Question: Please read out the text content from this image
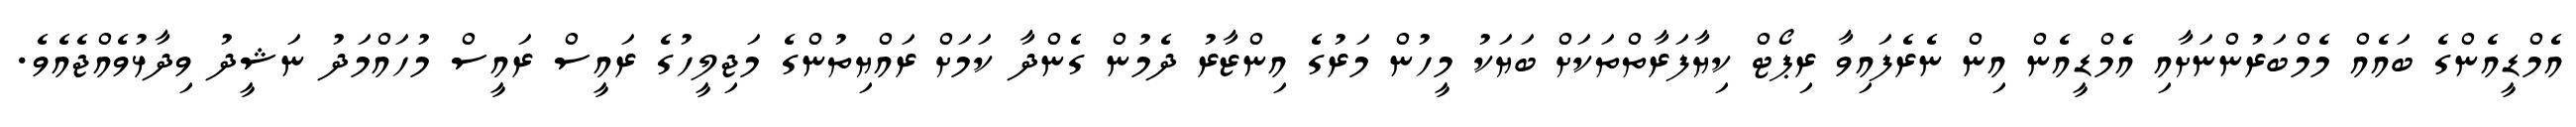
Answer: އެމްޑީއެންގެ ބައެއް މެމްބަރުންނަށާއި އެމްޑީއެން އިން ނެރެފައިވާ ރިޕޯޓް ކިޔާފަރާތްތަކަށް ބަޔަކު މީހުން މަރުގެ އިންޒާރު ދެމުން ގެންދާ ކަމަށް ރައްޔިތުންގެ މަޖިލީހުގެ ރައީސް ރައީސް މުހައްމަދު ނަޝީދު ވިދާޅުވެއްޖެއެވެ.